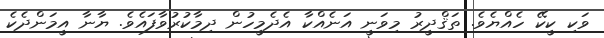
ވަކި ކީކޭ ހެއްޔެވެ. ތަޤްދީރު މިވަނީ އަނެއްކާ އެދެމީހުން ދިމާކުރުވާފައެވެ. ޔާނާ އީމަންދެކެ